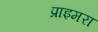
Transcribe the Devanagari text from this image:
प्राइमरा